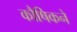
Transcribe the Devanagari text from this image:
कौषिकने